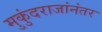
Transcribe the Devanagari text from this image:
मुकुंदराजांनंतर